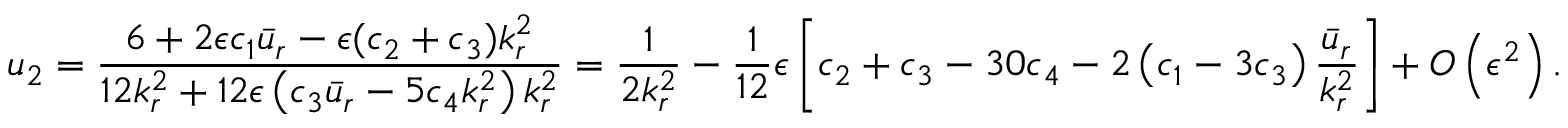
u _ { 2 } = \frac { 6 + 2 \epsilon c _ { 1 } \bar { u } _ { r } - \epsilon ( c _ { 2 } + c _ { 3 } ) k _ { r } ^ { 2 } } { 1 2 k _ { r } ^ { 2 } + 1 2 \epsilon \left( c _ { 3 } \bar { u } _ { r } - 5 c _ { 4 } k _ { r } ^ { 2 } \right) k _ { r } ^ { 2 } } = \frac { 1 } { 2 k _ { r } ^ { 2 } } - \frac { 1 } { 1 2 } \epsilon \left[ c _ { 2 } + c _ { 3 } - 3 0 c _ { 4 } - 2 \left( c _ { 1 } - 3 c _ { 3 } \right) \frac { \bar { u } _ { r } } { k _ { r } ^ { 2 } } \right] + O \left( \epsilon ^ { 2 } \right) .